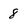
Character: 8